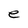
Character: e